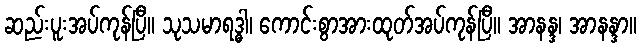
ဆည်းပူးအပ်ကုန်ပြီ။ သုသမာရဒ္ဓါ၊ ကောင်းစွာအားထုတ်အပ်ကုန်ပြီ။ အာနန္ဒ၊ အာနန္ဒာ။